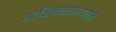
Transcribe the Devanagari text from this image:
नटविल्याकारणाने